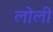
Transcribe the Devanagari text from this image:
लोली